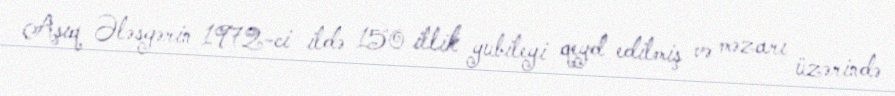
Aşıq Ələsgərin 1972-ci ildə 150 illik yubileyi qeyd edilmiş və məzarı üzərində